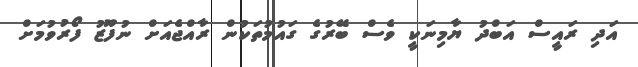
އަދި ރައީސް އަބްދު ޔާމިނަކީ ވެސް ބޭރުގެ ގައުމުތަކުން ރާއްޖެއަށް ނުފޫޒު ފޯރުވުމަށް